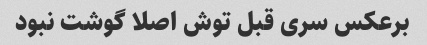
برعکس سری قبل توش اصلا گوشت نبود